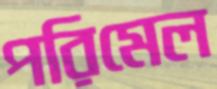
পরিমেল